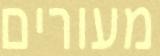
מעורים